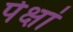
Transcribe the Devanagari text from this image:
पेक्षां